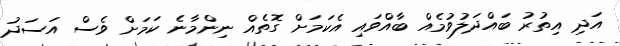
އަދި އިތުރު ބައްދަލުވުމެއް ބާއްވައި އެކަމަށް ގޮތެއް ނިންމާނެ ކަމަށް ވެސް އަސަދު